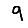
Digit: 9